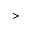
>